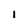
Character: i